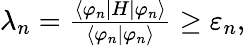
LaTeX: \begin{array}{r}{\lambda_{n}=\frac{\langle\varphi_{n}|H|\varphi_{n}\rangle}{\langle\varphi_{n}|\varphi_{n}\rangle}\ge\varepsilon_{n},}\end{array}